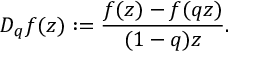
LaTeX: D _ { q } f ( z ) : = \frac { f ( z ) - f ( q z ) } { ( 1 - q ) z } .